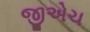
જીએચ